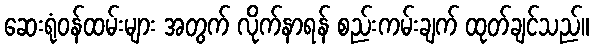
ဆေးရုံဝန်ထမ်းများ အတွက် လိုက်နာရန် စည်းကမ်းချက် ထုတ်ချင်သည်။